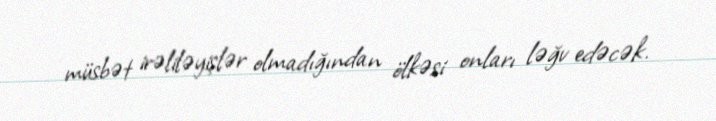
müsbət irəliləyişlər olmadığından ölkəsi onları ləğv edəcək.